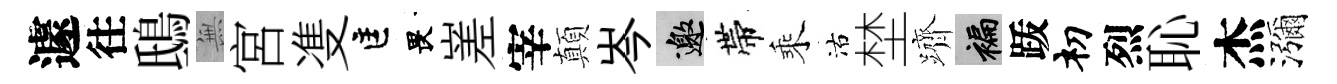
遽往鴟𭴾宮㕠匡畏嵳宰顛岑邀帶乘沽埜躋褊䟦𥘉烈恥杰瀰